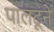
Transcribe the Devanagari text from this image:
पालटूने